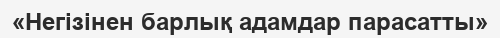
«Негізінен барлық адамдар парасатты»